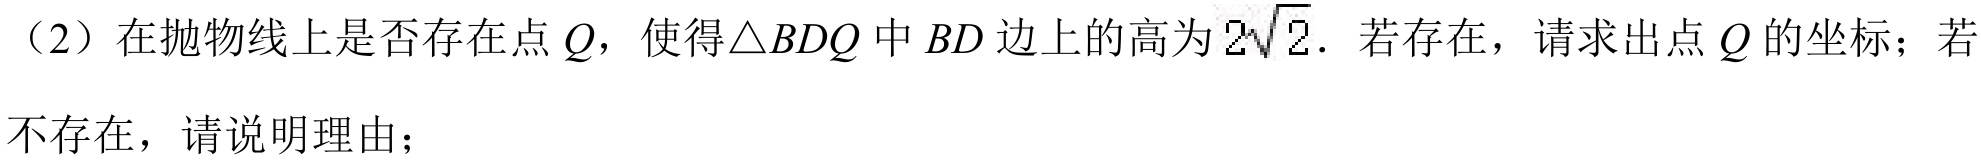
（2）在抛物线上是否存在点\(Q\)，使得\(\triangle BDQ\)中\(BD\)边上的高为\(2\sqrt{2}\). 若存在，请求出点\(Q\)的坐标；若
不存在，请说明理由；